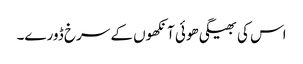
اس کی بھیگی ھوئی آنکھوں کے سرخ ڈورے۔